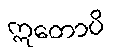
ဣတောပိ